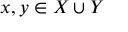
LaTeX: x , y \in X \cup Y